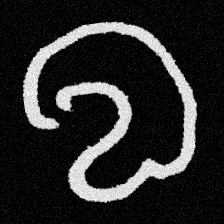
Pyu character \u2014 Myanmar letter: လ (romanized: la)